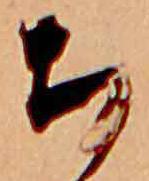
ち